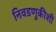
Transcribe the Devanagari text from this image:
निवडणुकीशी